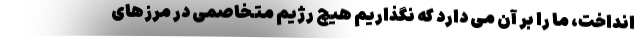
انداخت، ما را بر آن می دارد که نگذاریم هیچ رژیم متخاصمی در مرزهای